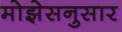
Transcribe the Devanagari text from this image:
मोझेसनुसार